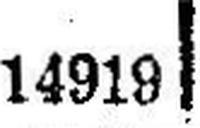
14919